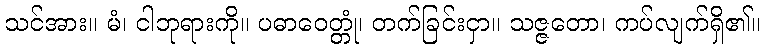
သင်အား။ မံ၊ ငါဘုရားကို။ ပဓာဝေတ္တုံ၊ တက်ခြင်းငှာ။ သဇ္ဇတော၊ ကပ်လျက်ရှိ၏။